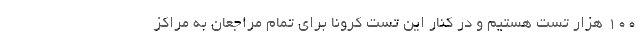
100 هزار تست هستیم و در کنار این تست کرونا برای تمام مراجعان به مراکز